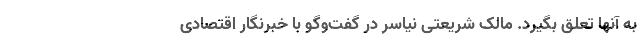
به آنها تعلق بگیرد. مالک شریعتی نیاسر در گفت‌وگو با خبرنگار اقتصادی